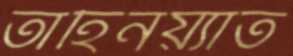
তাহিনয়্যাত